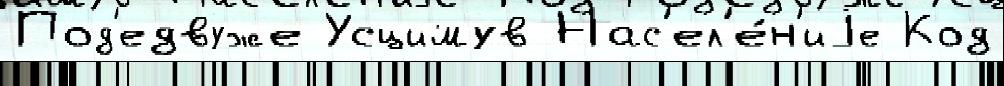
Под'едвуже Усцимув Нас'ел'е́н'иjе Код